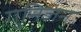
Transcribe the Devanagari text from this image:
गुनिजन